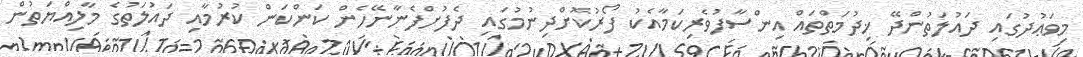
މިވަޢުދުގައި ދައުލަތުންދޭ ޚިދުމަތްތައް އިންސާފުވެރިކަމާއެކު ފޯރުކޮށްދިނުމުގައި ދެފުށްފެނާނޭހެން ކަންކަން ކުރުމާއި ދައުލަތުގެ މާލިއްޔަތުން